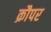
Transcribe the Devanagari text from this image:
क्रौपर